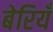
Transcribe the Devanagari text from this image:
बेरियँ